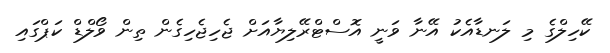
ކޭހިލްގެ މި ލަނޑާއެކު އޭނާ ވަނީ އޮސްޓްރޭލިޔާއަށް ޖެހިޖެހިގެން ތިން ވޯލްޑް ކަޕްގައި